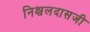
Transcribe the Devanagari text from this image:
निश्चलदासजी